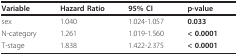
<table><thead><tr><td><b>Variable</b></td><td><b>Hazard Ratio</b></td><td><b>95% CI</b></td><td><b>p-value</b></td></tr></thead><tbody><tr><td>sex</td><td>1.040</td><td>1.024-1.057</td><td><b>0.033</b></td></tr><tr><td>N-category</td><td>1.261</td><td>1.019-1.560</td><td><b>&lt; 0.0001</b></td></tr><tr><td>T-stage</td><td>1.838</td><td>1.422-2.375</td><td><b>&lt; 0.0001</b></td></tr></tbody></table>